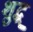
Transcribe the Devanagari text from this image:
शुद्ध्